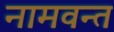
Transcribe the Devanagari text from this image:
नामवन्त